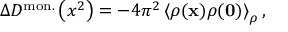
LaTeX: \Delta { \cal D } ^ { \mathrm { m o n . } } \left( x ^ { 2 } \right) = - 4 \pi ^ { 2 } \left< \rho ( { \bf x } ) \rho ( { \bf 0 } ) \right> _ { \rho } ,